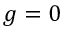
g = 0